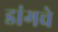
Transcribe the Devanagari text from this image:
डांगचे